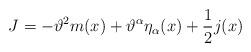
LaTeX: \begin{align*} J = - \vartheta^2 m(x) + \vartheta^\alpha \eta_\alpha(x) + \frac{1}{2} j(x)\end{align*}